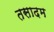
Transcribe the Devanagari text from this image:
तसादम